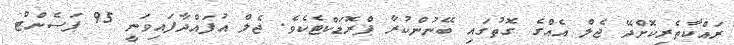
ރައްކާތެރިކޮށްދޭ ޖެލް އެއްގެ ގޮތުގައި ބޭނުންކުރާ ޕްރޮޑަކްޓެކެވެ. ޖެލް އުފައްދާފައިވަނީ 95 ޕަސެންޓް